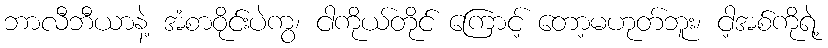
ဘာလီဘီယာနဲ့ အံစာဝိုင်းပဲကွ၊ ငါကိုယ်တိုင် ကြောင့် တော့မဟုတ်ဘူး၊ ငါ့အစ်ကိုရဲ့